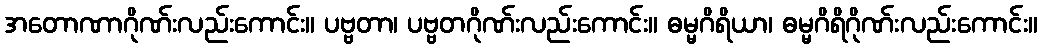
အတောဏာဂိုဏ်းလည်းကောင်း။ ပဗ္ဗတာ၊ ပဗ္ဗတဂိုဏ်းလည်းကောင်း။ ဓမ္မဂိရိယာ၊ ဓမ္မဂိရိဂိုဏ်းလည်းကောင်း။